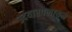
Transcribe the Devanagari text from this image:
उदयारपलायम